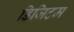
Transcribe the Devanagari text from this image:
डिजिटम